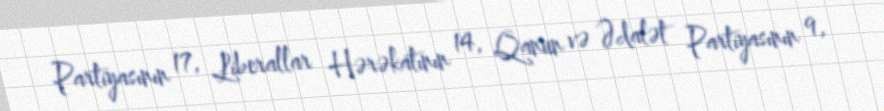
Partiyasının 17, Liberallar Hərəkatının 14, Qanun və Ədalət Partiyasının 9,